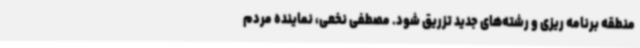
منطقه برنامه ریزی و رشته‌های جدید تزریق شود. مصطفی نخعی، نماینده مردم